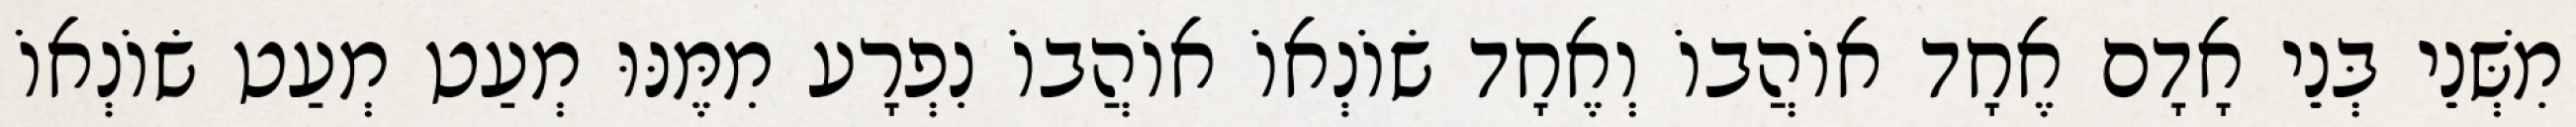
מִשְּׁנֵי בְּנֵי אָדָם אֶחָד אוֹהֲבוֹ וְאֶחָד שׂוֹנְאוֹ אוֹהֲבוֹ נִפְרָע מִמֶּנּוּ מְעַט מְעַט שׂוֹנְאוֹ